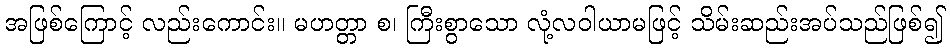
အဖြစ်ကြောင့် လည်းကောင်း။ မဟတ္တာ စ၊ ကြီးစွာသော လုံ့လဝါယာမဖြင့် သိမ်းဆည်းအပ်သည်ဖြစ်၍